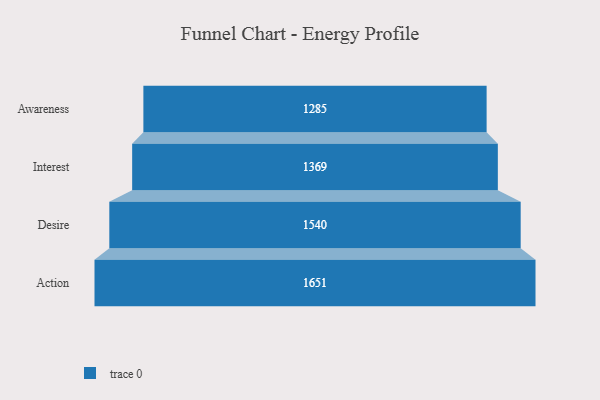
{"axis": {"x": "Stage", "y": "Value"}, "legend": [""], "data": [{"x": "Awareness", "y": 1285.0, "type": ""}, {"x": "Interest", "y": 1369.0, "type": ""}, {"x": "Desire", "y": 1540.0, "type": ""}, {"x": "Action", "y": 1651.0, "type": ""}]}